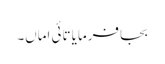
بجا فرمایا تائی اماں۔